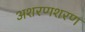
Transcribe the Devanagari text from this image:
अशरणशरण